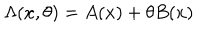
LaTeX: \Lambda ( x , \theta ) = A ( x ) + \theta B ( x )